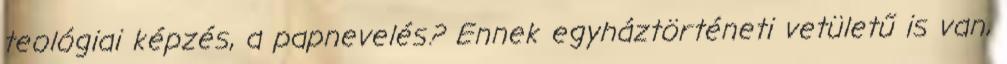
teológiai képzés, a papnevelés? Ennek egyháztörténeti vetületű is van,